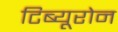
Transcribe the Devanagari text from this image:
टिब्यूरोन